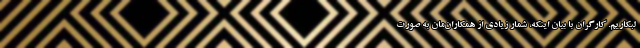
لبکاریم. کارگران با بیان اینکه، شمار زیادی از همکاران‌مان به صورت